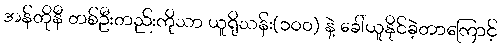
အန်တိုနီ တစ်ဦးတည်းကိုသာ ယူရိုသန်း(၁၀၀) နဲ့ ခေါ်ယူနိုင်ခဲ့တာကြောင့်